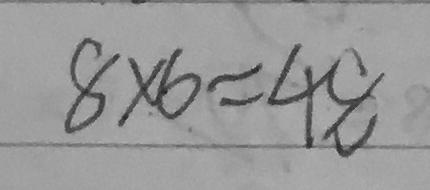
8 \times 6 = 4 8